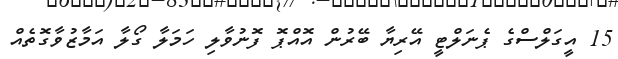
15 އީގަލްސްގެ ޕެނަލްޓީ އޭރިޔާ ބޭރުން އޮއްޕޮ ފޮނުވާލި ހަމަލާ ގޯލާ އަމާޒުވާގޮތެއް